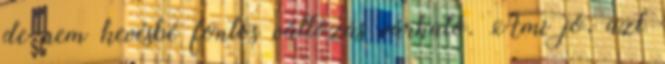
de nem kevésbé fontos változás várható. Ami jó, azt